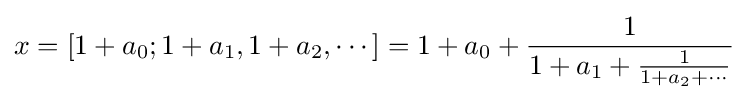
x=[1+a_{0};1+a_{1},1+a_{2},\cdots ]=1+a_{0}+{\frac {1}{1+a_{1}+{\frac {1}{1+a_{2}+\cdots }}}}